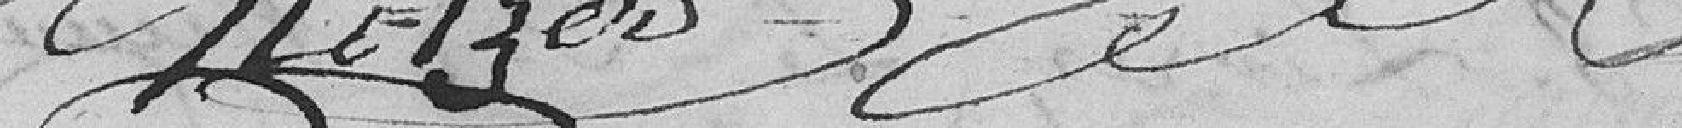
Helzer